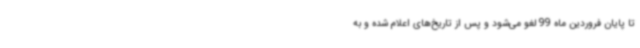
تا پایان فروردین ماه 99 لغو می‌شود و پس از تاریخ‌های اعلام شده و به